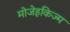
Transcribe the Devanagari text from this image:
मोजेइकिज्म